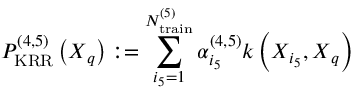
P _ { \mathrm { K R R } } ^ { ( 4 , 5 ) } \left( \boldsymbol { X } _ { q } \right) : = \sum _ { i _ { 5 } = 1 } ^ { N _ { \mathrm { t r a i n } } ^ { ( 5 ) } } \alpha _ { i _ { 5 } } ^ { ( 4 , 5 ) } k \left( \boldsymbol { X } _ { i _ { 5 } } , \boldsymbol { X } _ { q } \right)